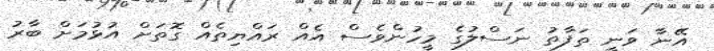
އޭނާ ވަނީ ތަފާތު ނަސްލުގެ މީހުންވެސް އެއް ރައްޔިތެއް ގޮތަށް އުޅުމަށް ބާރު